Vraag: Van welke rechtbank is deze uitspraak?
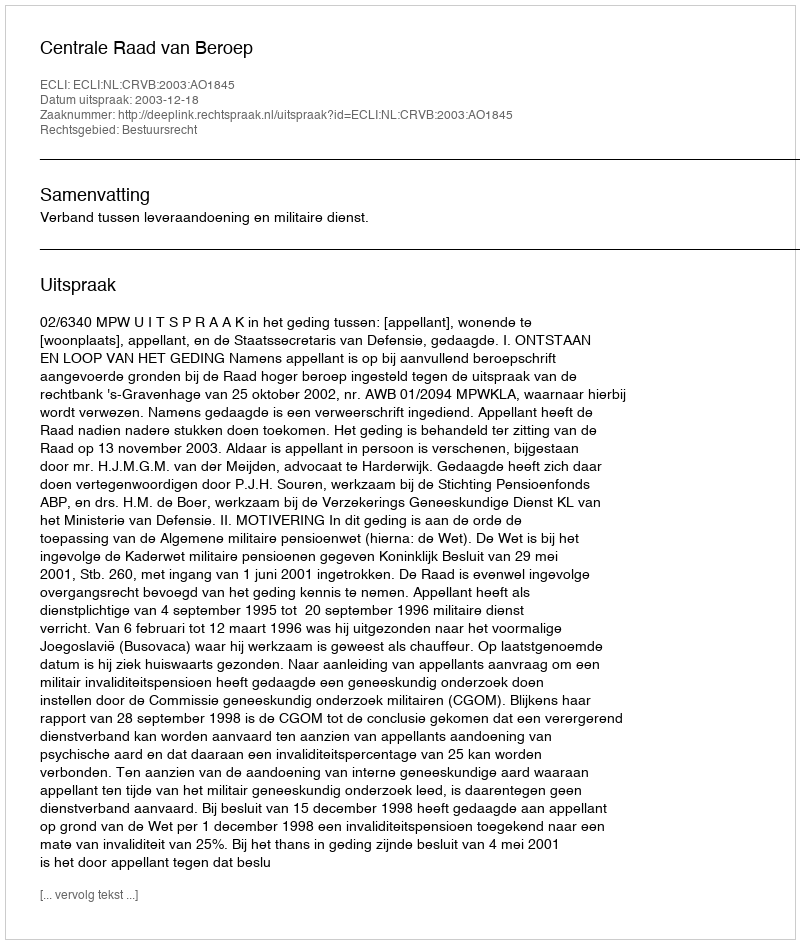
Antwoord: Centrale Raad van Beroep